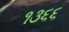
૧૩૬૬